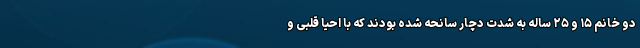
دو خانم ۱۵ و ۲۵ ساله به شدت دچار سانحه شده بودند که با احیا قلبی و